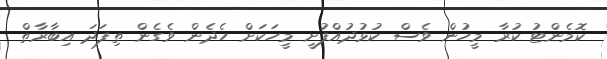
ކޮމެންޓު ކުރާ މީހުން ވެސް ކުޅުދުއްފުށީ މީހަކަށް ހެދެން ވެގެން ތިފަދަ އިބާރާތް